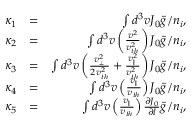
\begin{array} { r l r } { \kappa _ { 1 } } & { = } & { \int d ^ { 3 } v J _ { 0 } \tilde { g } / n _ { i } , } \\ { \kappa _ { 2 } } & { = } & { \int d ^ { 3 } v \left( \frac { v ^ { 2 } } { v _ { t h } ^ { 2 } } \right) J _ { 0 } \tilde { g } / n _ { i } , } \\ { \kappa _ { 3 } } & { = } & { \int d ^ { 3 } v \left( \frac { v _ { \perp } ^ { 2 } } { 2 v _ { t h } ^ { 2 } } + \frac { v _ { \parallel } ^ { 2 } } { v _ { t h } ^ { 2 } } \right) J _ { 0 } \tilde { g } / n _ { i } , } \\ { \kappa _ { 4 } } & { = } & { \int d ^ { 3 } v \left( \frac { v _ { \parallel } } { v _ { t h } } \right) J _ { 0 } \tilde { g } / n _ { i } , } \\ { \kappa _ { 5 } } & { = } & { \int d ^ { 3 } v \left( \frac { v _ { \parallel } } { v _ { t h } } \right) \frac { \partial J _ { 0 } } { \partial l } \tilde { g } / n _ { i } , } \end{array}